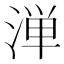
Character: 𬈁